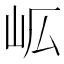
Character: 𭖅